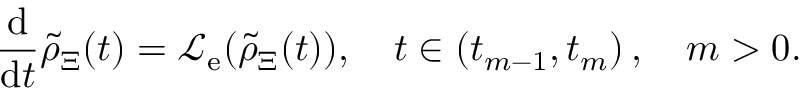
\frac { \mathrm { d } } { \mathrm { d } t } \tilde { \rho } _ { \Xi } ( t ) = \mathcal { L } _ { \mathrm { e } } ( \tilde { \rho } _ { \Xi } ( t ) ) , \quad t \in \left( t _ { m - 1 } , t _ { m } \right) , \quad m > 0 .